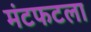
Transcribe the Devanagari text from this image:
मंटफटला